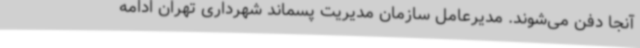
آنجا دفن می‌شوند. مدیرعامل سازمان مدیریت پسماند شهرداری تهران ادامه